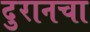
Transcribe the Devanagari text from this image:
दुरानचा